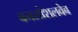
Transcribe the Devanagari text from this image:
वनसोशलवेब